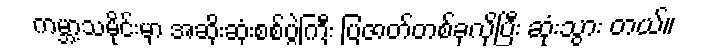
ကမ္ဘာ့သမိုင်းမှာ အဆိုးဆုံးစစ်ပွဲကြီး ပြဇာတ်တစ်ခုလိုပြီး ဆုံးသွား တယ်။